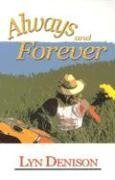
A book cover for Always And Forever; Lyn Denison; Gay & Lesbian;